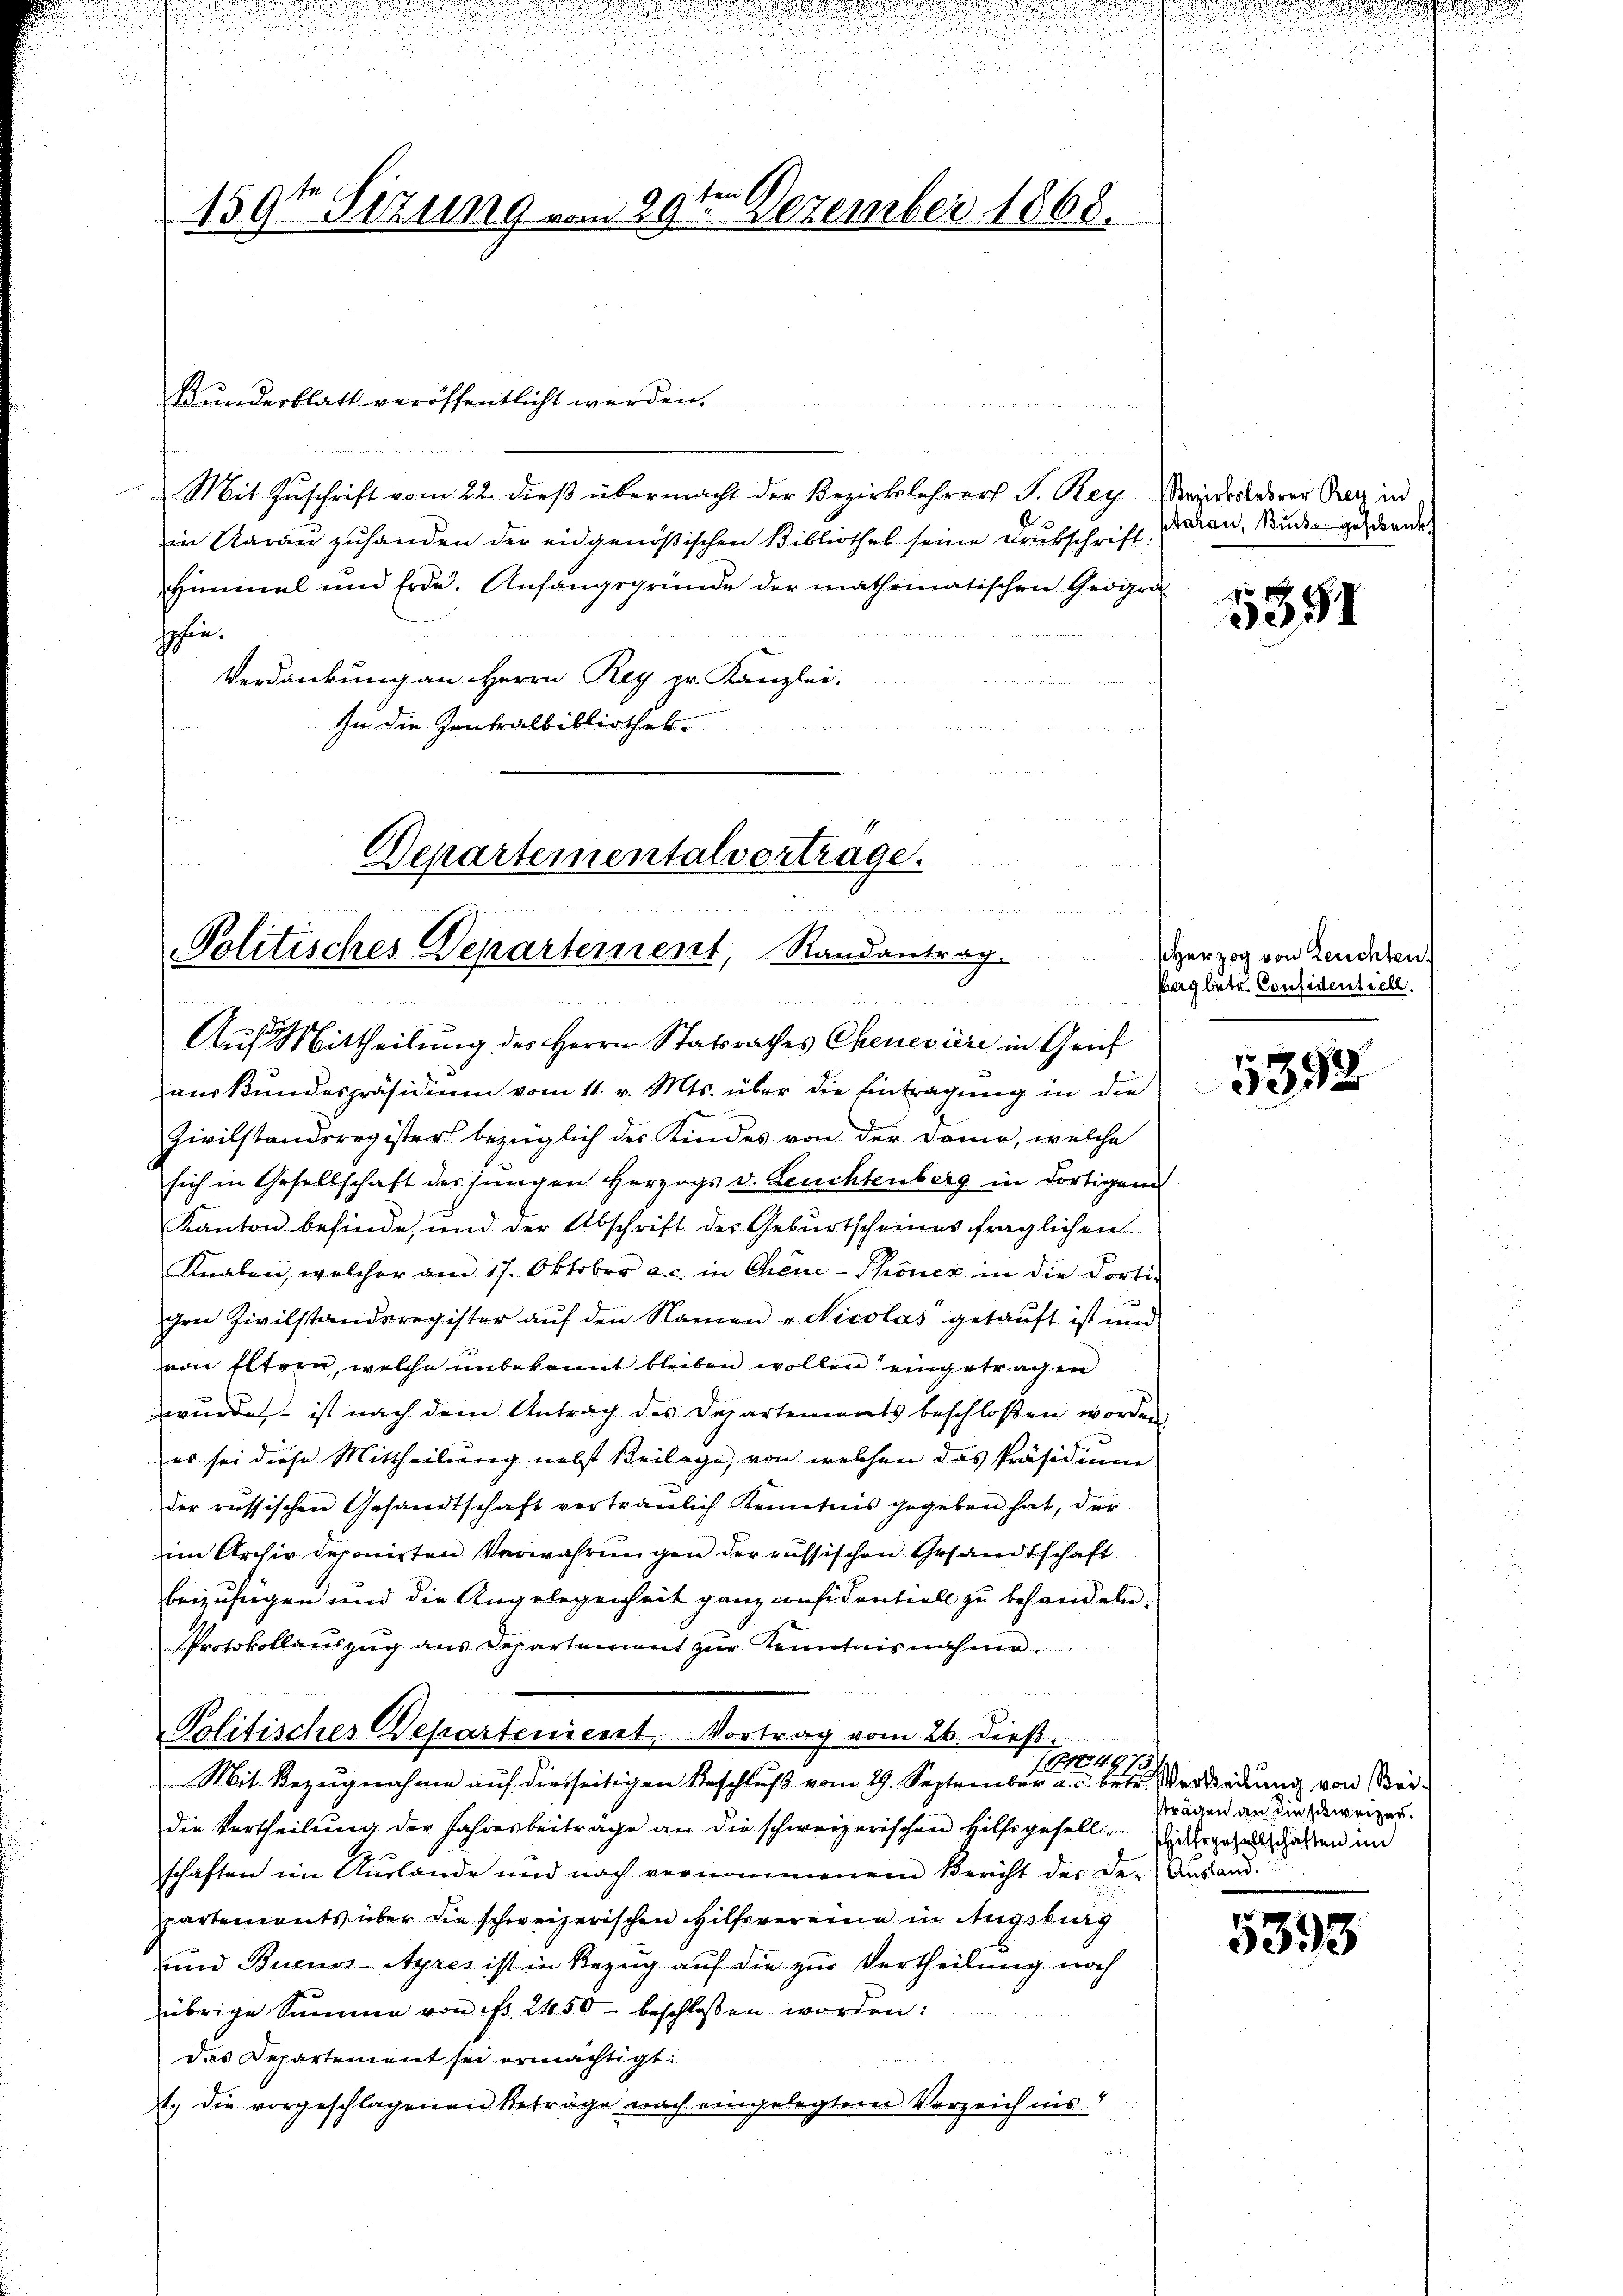
d

1591 Sizung vom 29te͇n Dezember 1868.

Departementalvertrage.
i
 handeren er
u
Politisches Departement, Randantrag.
e
Siche er an einer
.
Auf Mittheilung des Herrn Statsrathes Chenevière in Genf

i

Bunderblatt veröffentlicht werden
Mit Zuschrift vom 22. dieß übermacht der Bezirkslehrers S. Bey Vriesterer Reiz in
in Aarau zuhanden der eidgenößischen Bibliothek seine Drukschrift:
HHimmel und Erde. Anfangsgründe der mathematischen Geogra
hehen.
Verdankung an Herrn Reg. pr. Kanzlei.
In die Zentralbibliothek.

auskundespräsidium vom 11. v. Mts. über die Eintragung in die
Zivilstandsregister bezüglich der Kindes von der Domo, welche
sich in Gesellschaft des jungen Herzogs v. Leuchtenberg in dortigen
Kanton befinde, und der Abschrift des Geburtscheines fraglichen
Knaben, welcher am 17. Oktober a. c. in Chene-Thöner in die dorti-
gen Zivilstandsregister aŭf den Namen „Nicolas getauft ist und
von Eltern, welche unbekannt bleiben wollen eingetragen
wurde, ist nach dem Antrag des Departements beschloßen worden
es sei diese Mittheilung nebst Beilage, von welchen das Präsidium
der russischen Gesandtschaft vertraulich Kenntnis gegeben hat, der
im Archiv deponirten Verwahrungen der russischen Gesandtschaft
beizufügen und die Angelegenheit ganz considentiell zu behandeln.
Protokollauszug aus Departement zur Kenntnisnahmen
Politisches Departenicirt Vortrag vom 26. dieß
164973.
Mit Bezugnahme auf diesseitigen Beschluß vom 29. September a. c. betr. Versiedlung von Beidie Vertheilung der Jahresbeiträge an die schweizerischen Hilfsgesell-Ziegesellschaften im
schaften im Auslande und nach vernommenem Bericht des der Anstand.
partements über die schweizerischen Hilfsvereine in Angebung
und Buenos-Ayres ist in Bezug auf die zur Vertheilung nach
übrige Summe von fr. 2450 beschlossen worden:
das Departement sei ermächtigt.

t.) Die vorgeschlagenen Beträge nach eingelegtem Verzeichnis!

u

Aarau, Bunde geschenkt

5351

sHerzog von Leuchten.
Bergbetr. Considentiell.

d
.

e
3398

5393

strägen an die schweizer.